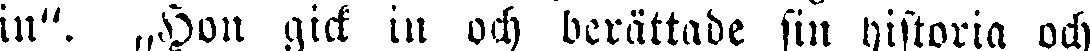
in". „Hon gick in och berättade sin historia och